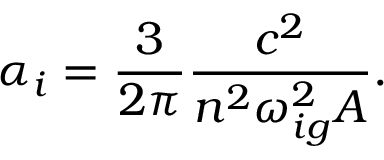
\alpha _ { i } = \frac { 3 } { 2 \pi } \frac { c ^ { 2 } } { n ^ { 2 } \omega _ { i g } ^ { 2 } A } .